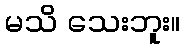
မသိ သေးဘူး။